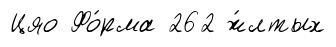
Цяо Фо́рма 262 ж́лтых